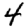
Digit: 4